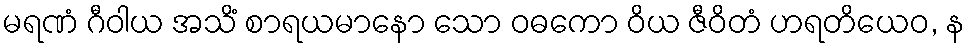
မရဏံ ဂီဝါယ အသိံ စာရယမာနော သော ဝဓကော ဝိယ ဇီဝိတံ ဟရတိယေဝ, န